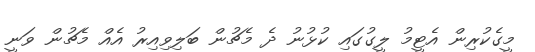
މީގެކުރިން އެޓީމު ލީގުގައި ކުޅުނު ދެ މެޗުން ބަލިވިއިރު އެއް މެޗުން ވަނީ